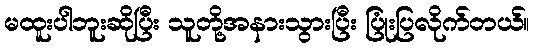
မထူးပါဘူးဆိုပြီး သူတို့အနားသွားပြီး ပြုံးပြလိုက်တယ်။